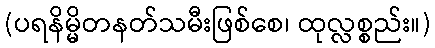
(ပရနိမ္မိတနတ်သမီးဖြစ်စေ၊ ထုလ္လစ္စည်း။)